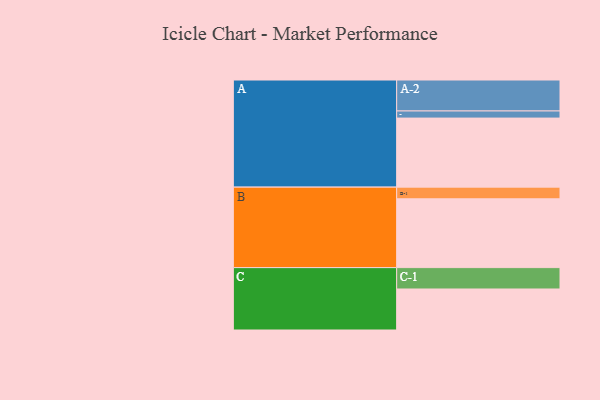
{"axis": {"x": "Segment", "y": "Value"}, "legend": ["", "A", "B", "C"], "data": [{"x": "A", "y": 591, "type": ""}, {"x": "B", "y": 589, "type": ""}, {"x": "C", "y": 351, "type": ""}, {"x": "A-1", "y": 61, "type": "A"}, {"x": "A-2", "y": 265, "type": "A"}, {"x": "B-1", "y": 100, "type": "B"}, {"x": "C-1", "y": 183, "type": "C"}]}